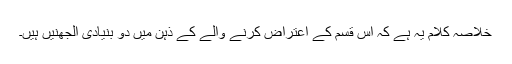
خلاصہ کلام یہ ہے کہ اس قسم کے اعتراض کرنے والے کے ذہن میں دو بنیادی الجھنیں ہیں۔